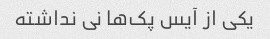
یکی از آیس پک‌ها نی نداشته